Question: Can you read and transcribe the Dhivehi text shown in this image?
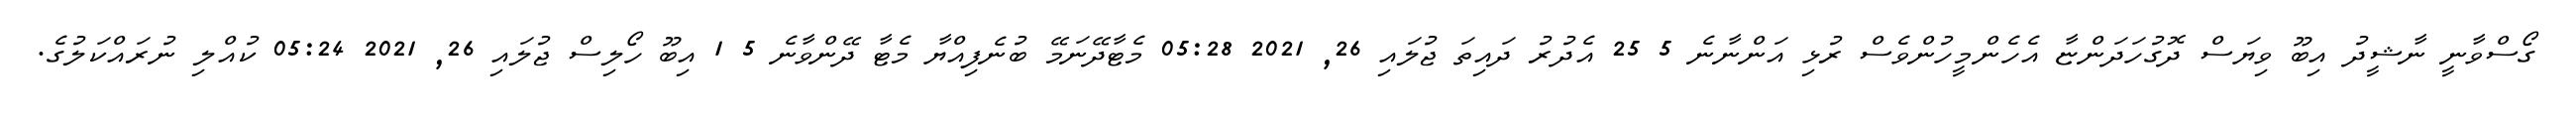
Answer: ގޯސްވާނީ ނާޝީދު އިބޫ ވިޔަސް ދޮގުހަދަންޏާ އެހެންމީހުންވެސް ރުޅި އަންނާނެ 5 25 އެދުރު ދައިތަ ޖުލައި 26, 2021 05:28 މެޓާދޭނަމޭ ބުނެފިއްޔާ މެޓާ ދޭންވާނެ 5 1 އިބޫ ހޯލިސް ޖުލައި 26, 2021 05:24 ކުއްލި ނުރައްކަލުގެ.